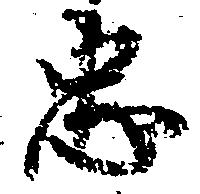
忠